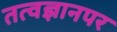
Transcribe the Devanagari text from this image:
तत्वज्ञानपर